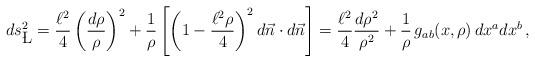
LaTeX: \begin{align*}ds^2_{\L} = {\ell^2\over 4} \left({d\rho\over \rho}\right)^2 +{1\over \rho }\left[\left(1- {\ell^2\rho\over 4}\right)^2 d\vec n\cdot d\vec n\right] = {\ell^2\over 4} {d\rho^2\over \rho^2} + {1\over \rho}\,g_{ab}(x,\rho)\,dx^a dx^b\,,\end{align*}